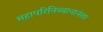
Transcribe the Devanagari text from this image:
महापरिनिब्बानानंतर